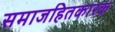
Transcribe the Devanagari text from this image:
समाजहितकारक